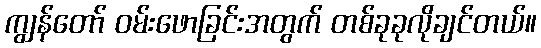
ကျွန်တော် ဝမ်းဖောခြင်းအတွက် တစ်ခုခုလိုချင်တယ်။